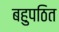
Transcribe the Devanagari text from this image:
बहुपठित